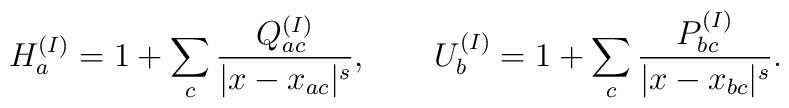
H_a^{(I)}=1+\sum_{c}\frac{Q_{ac}^{(I)}}{|x-x_{ac}|^s},\qquad  U_b^{(I)}=1+\sum_{c}\frac{P_{bc}^{(I)}}{|x-x_{bc}|^s}.